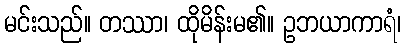
မင်းသည်။ တဿာ၊ ထိုမိန်းမ၏။ ဥဘယာကာရံ၊